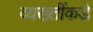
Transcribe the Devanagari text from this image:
व्यख्तींकडे